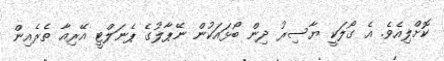
ކޮށްލިއެވެ. އެ ގޯލަކީ ޔާސިރު ދިން ބޯޅައަކުން ނޭޕާލުގެ ޕެނަލްޓީ އޭރިއާ ތެރެއިން